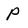
Character: p